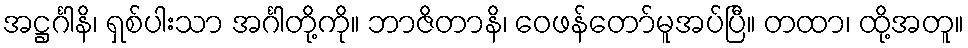
အဋ္ဌင်္ဂါနိ၊ ရှစ်ပါးသာ အင်္ဂါတို့ကို။ ဘာဇိတာနိ၊ ဝေဖန်တော်မူအပ်ပြီ။ တထာ၊ ထို့အတူ။